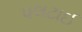
પલટાઈ